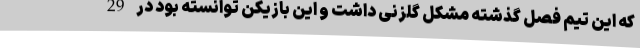
که این تیم فصل گذشته مشکل گلزنی داشت و این بازیکن توانسته بود در 29